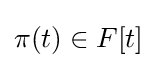
\pi (t)\in F[t]